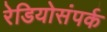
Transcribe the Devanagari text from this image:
रेडियोसंपर्क